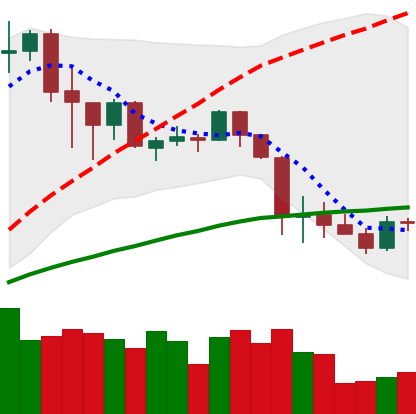
Ticker: ADA-USD
Chart end date: 2020-03-03
Forward return: -11.218%
Label: down_7plus